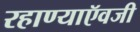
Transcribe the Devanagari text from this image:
रहाण्याऍवजी